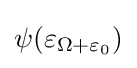
\psi (\varepsilon _{\Omega +\varepsilon _{0}})